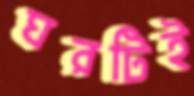
ঘরটিই